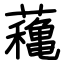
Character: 蘒